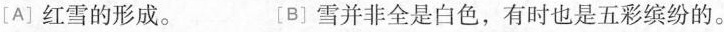
[A]红雪的形成。[B]雪并非全是白色，有时也是五彩缤纷的。